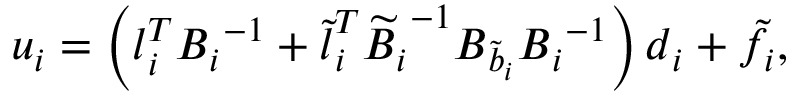
u _ { i } = \left( \boldsymbol { l } _ { i } ^ { T } { \boldsymbol { B } _ { i } } ^ { - 1 } + \boldsymbol { \widetilde { l } } _ { i } ^ { T } { \boldsymbol { { \widetilde { B } } } _ { i } } ^ { - 1 } { \boldsymbol { { B } } _ { \tilde { b } _ { i } } } { \boldsymbol { { B } } _ { i } } ^ { - 1 } \right) \boldsymbol { d } _ { i } + \tilde { f } _ { i } ,